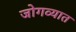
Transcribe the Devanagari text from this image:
जोगव्यात